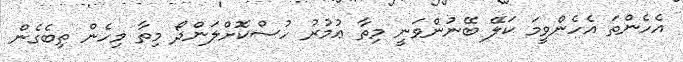
އެހެންތަ އެހެންވީމަ ކަލޭ ބޭނުންވަނީ މިތާ ޢުމުރު ހުސްކޮށްލަންދޯ މިތާ މިހެން ތިބެގެން